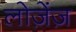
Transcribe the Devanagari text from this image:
लोज़ेंज़